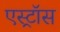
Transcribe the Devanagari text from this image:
एस्ट्रॉस